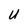
Character: U